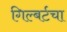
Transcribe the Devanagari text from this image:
गिल्बर्टचा